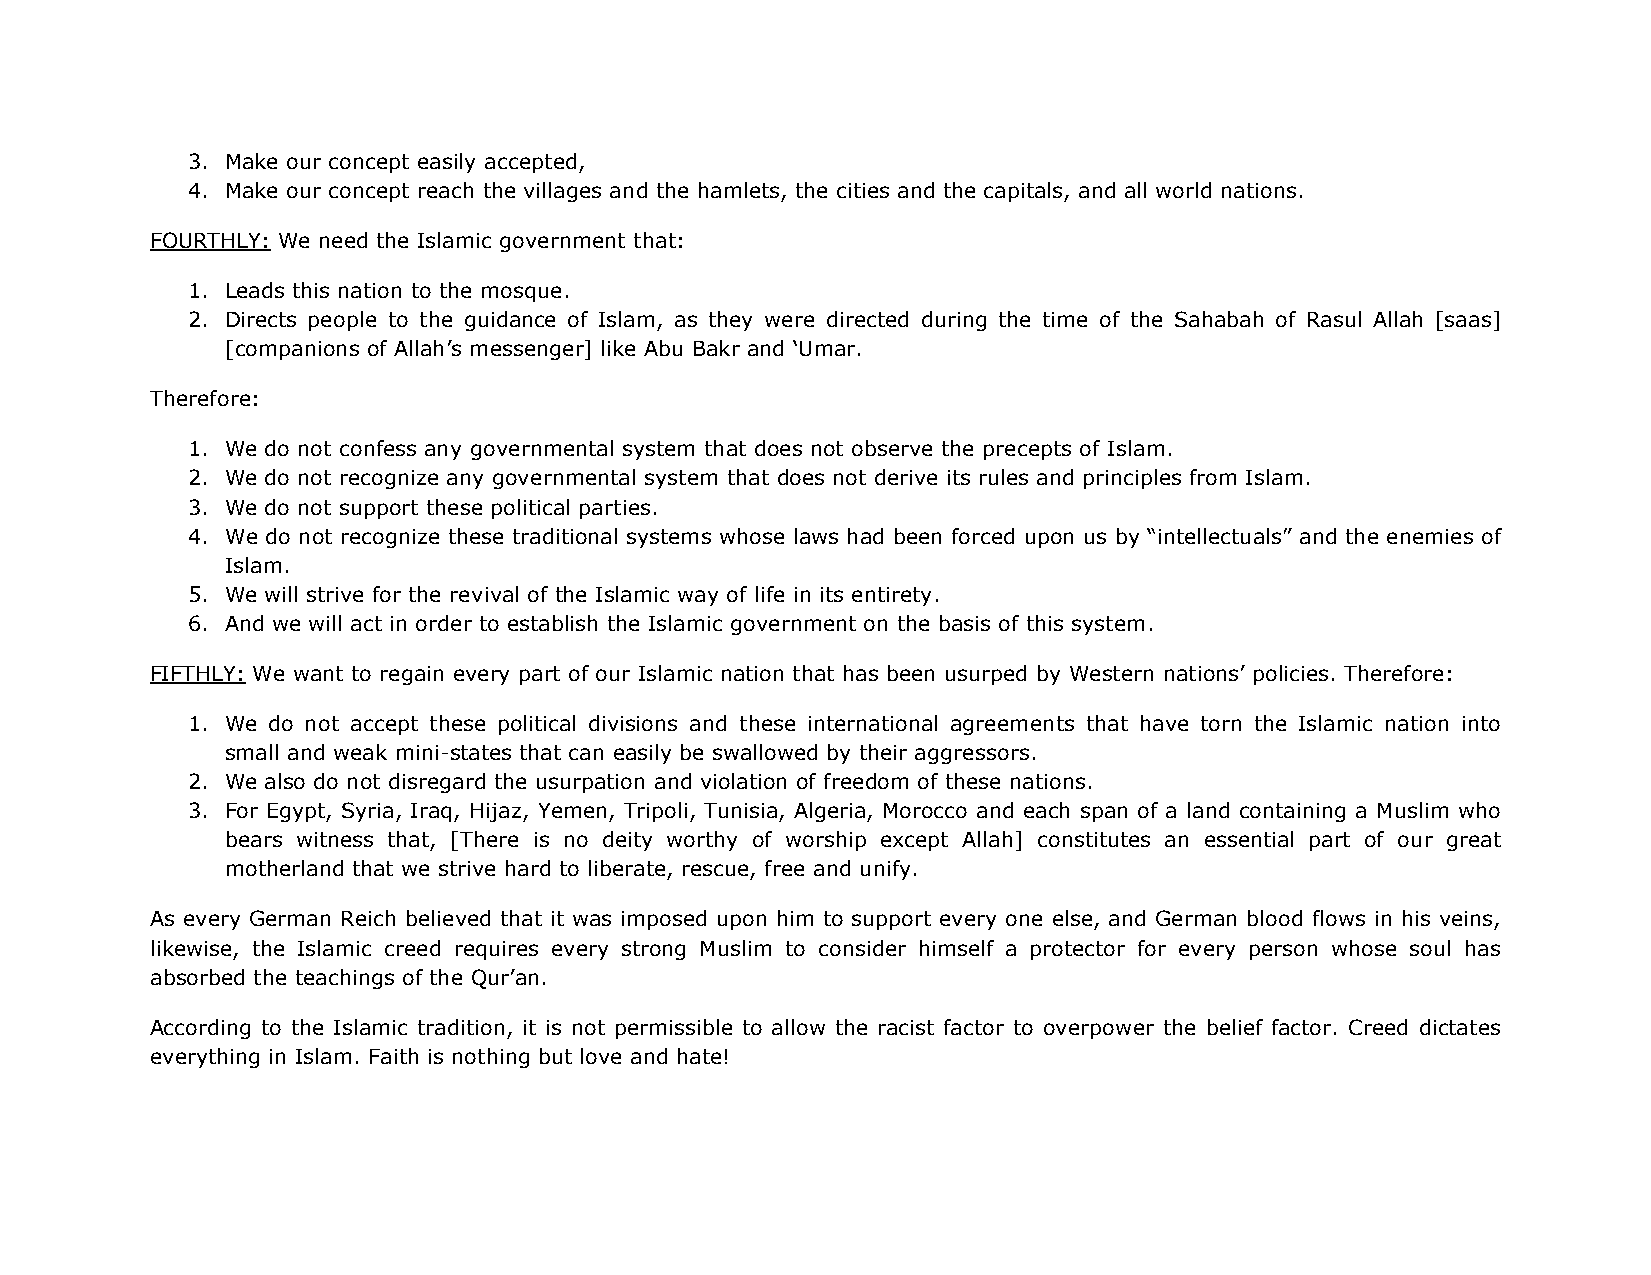
3. Make our concept easily accepted,
 4. Make our concept reach the villages and the hamlets, the cities and the capitals, and all world nations.
 FOURTHLY: We need the Islamic government that:
 1. Leads this nation to the mosque.
 2. Directs people to the guidance of Islam, as they were directed during the time of the Sahabah of Rasul Allah [saas]
 [companions of Allah’s messenger] like Abu Bakr and ‘Umar.
 Therefore:
 1. We do not confess any governmental system that does not observe the precepts of Islam.
 2. We do not recognize any governmental system that does not derive its rules and principles from Islam.
 3. We do not support these political parties.
 4. We do not recognize these traditional systems whose laws had been forced upon us by “intellectuals” and the enemies of
 Islam.
 5. We will strive for the revival of the Islamic way of life in its entirety.
 6. And we will act in order to establish the Islamic government on the basis of this system.
 FIFTHLY: We want to regain every part of our Islamic nation that has been usurped by Western nations’ policies. Therefore:
 1. We do not accept these political divisions and these international agreements that have torn the Islamic nation into
 small and weak mini-states that can easily be swallowed by their aggressors.
 2. We also do not disregard the usurpation and violation of freedom of these nations.
 3. For Egypt, Syria, Iraq, Hijaz, Yemen, Tripoli, Tunisia, Algeria, Morocco and each span of a land containing a Muslim who
 bears witness that, [There is no deity worthy of worship except Allah] constitutes an essential part of our great
 motherland that we strive hard to liberate, rescue, free and unify.
 As every German Reich believed that it was imposed upon him to support every one else, and German blood flows in his veins,
 likewise, the Islamic creed requires every strong Muslim to consider himself a protector for every person whose soul has
 absorbed the teachings of the Qur’an.
 According to the Islamic tradition, it is not permissible to allow the racist factor to overpower the belief factor. Creed dictates
 everything in Islam. Faith is nothing but love and hate!